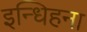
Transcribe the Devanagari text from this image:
इन्धिहना